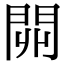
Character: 𨳹